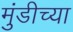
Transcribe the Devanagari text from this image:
मुंडीच्या